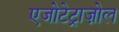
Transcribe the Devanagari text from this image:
एजोटेट्राज़ोल